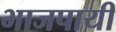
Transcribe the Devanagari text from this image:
भाजपायी